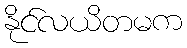
နိုင်လယိတမက